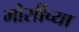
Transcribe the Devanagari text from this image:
मोर्सीच्या